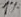
Text: 1%